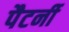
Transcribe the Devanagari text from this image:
पैटर्नी